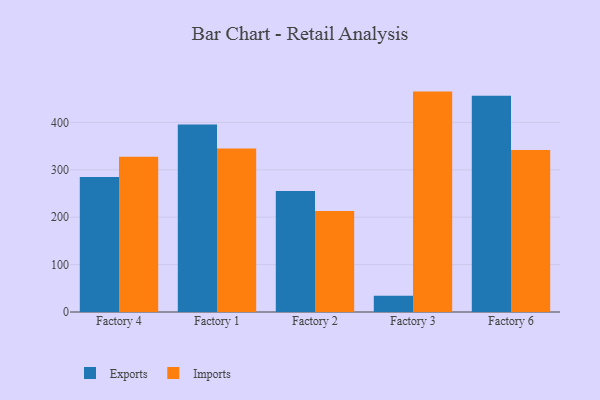
{"axis": {"x": "Factory", "y": "Satisfaction Score"}, "legend": ["Exports", "Imports"], "data": [{"x": "Factory 4", "y": 284.8, "type": "Exports"}, {"x": "Factory 4", "y": 327.7, "type": "Imports"}, {"x": "Factory 1", "y": 395.4, "type": "Exports"}, {"x": "Factory 1", "y": 345.1, "type": "Imports"}, {"x": "Factory 2", "y": 255.3, "type": "Exports"}, {"x": "Factory 2", "y": 213.2, "type": "Imports"}, {"x": "Factory 3", "y": 34.4, "type": "Exports"}, {"x": "Factory 3", "y": 465.0, "type": "Imports"}, {"x": "Factory 6", "y": 456.0, "type": "Exports"}, {"x": "Factory 6", "y": 341.6, "type": "Imports"}]}